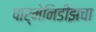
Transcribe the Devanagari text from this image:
पार्मेनिडीझचा